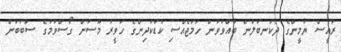
ރައީސް ޔާމީންގެ ދެކަނބަލުން ބާއްވަވަން ހަމަޖެއްސި ކުޑަކުދިންގެ ހަވީރު މޫސުން ގޯސްވުމުގެ ސަބަބުން